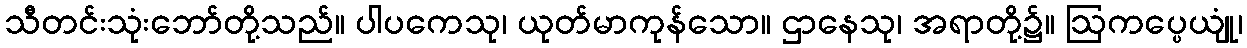
သီတင်းသုံးဘော်တို့သည်။ ပါပကေသု၊ ယုတ်မာကုန်သော။ ဌာနေသု၊ အရာတို့၌။ ဩကပ္ပေယျုံ၊